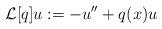
LaTeX: \begin{align*} \mathcal{L}[q] u:=-u''+q(x)u\,\,\,\,\end{align*}